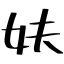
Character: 妋